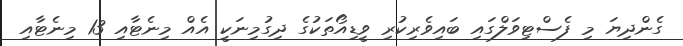
ގެންދިޔަ މި ފެސްޓިވަލްގައި ބައިވެރިކުރި ވީޑިއޯތަކުގެ ދިގުމިނަކީ އެއް މިނެޓާއި 13 މިނެޓާއި